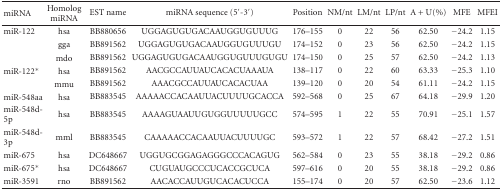
<table><thead><tr><td><b>miRNA</b></td><td><b>Homolog miRNA</b></td><td><b>EST name</b></td><td><b>miRNA sequence (5<sup>′</sup>-3<sup>′</sup>)</b></td><td><b>Position</b></td><td><b>NM/nt</b></td><td><b>LM/nt</b></td><td><b>LP/nt</b></td><td><b>A + U(%)</b></td><td><b>MFE</b></td><td><b>MFEI</b></td></tr></thead><tbody><tr><td>miR-122</td><td>hsa</td><td>BB880656</td><td>UGGAGUGUGACAAUGGUGUUUG</td><td>176–155</td><td>0</td><td>22</td><td>56</td><td>62.50</td><td>−24.2</td><td>1.15</td></tr><tr><td></td><td>gga</td><td>BB891562</td><td>UGGAGUGUGACAAUGGUGUUUGU</td><td>174–152</td><td>0</td><td>23</td><td>56</td><td>62.50</td><td>−24.2</td><td>1.15</td></tr><tr><td></td><td>mdo</td><td>BB891562</td><td>UGGAGUGUGACAAUGGUGUUUGUGU</td><td>174–150</td><td>0</td><td>25</td><td>57</td><td>62.50</td><td>−24.2</td><td>1.13</td></tr><tr><td>miR-122<sup>∗</sup></td><td>hsa</td><td>BB891562</td><td>AACGCCAUUAUCACACUAAAUA</td><td>138–117</td><td>0</td><td>22</td><td>60</td><td>63.33</td><td>−25.3</td><td>1.10</td></tr><tr><td></td><td>mmu</td><td>BB891562</td><td>AAACGCCAUUAUCACACUAA</td><td>139–120</td><td>0</td><td>20</td><td>54</td><td>61.11</td><td>−24.2</td><td>1.15</td></tr><tr><td>miR-548aa</td><td>hsa</td><td>BB883545</td><td>AAAAACCACAAUUACUUUUGCACCA</td><td>592–568</td><td>0</td><td>25</td><td>67</td><td>64.18</td><td>−29.9</td><td>1.20</td></tr><tr><td>miR-548d-5p</td><td>hsa</td><td>BB883545</td><td>AAAAGUAAUUGUGGUUUUUGCC</td><td>574–595</td><td>1</td><td>22</td><td>55</td><td>70.91</td><td>−25.1</td><td>1.57</td></tr><tr><td>miR-548d-3p</td><td>mml</td><td>BB883545</td><td>CAAAAACCACAAUUACUUUUGC</td><td>593–572</td><td>1</td><td>22</td><td>57</td><td>68.42</td><td>−27.2</td><td>1.51</td></tr><tr><td>miR-675</td><td>hsa</td><td>DC648667</td><td>UGGUGCGGAGAGGGCCCACAGUG</td><td>562–584</td><td>0</td><td>23</td><td>55</td><td>38.18</td><td>−29.2</td><td>0.86</td></tr><tr><td>miR-675<sup>∗</sup></td><td>hsa</td><td>DC648667</td><td>CUGUAUGCCCUCACCGCUCA</td><td>597–616</td><td>0</td><td>20</td><td>55</td><td>38.18</td><td>−29.2</td><td>0.86</td></tr><tr><td>miR-3591</td><td>rno</td><td>BB891562</td><td>AACACCAUUGUCACACUCCA</td><td>155–174</td><td>0</td><td>20</td><td>57</td><td>62.50</td><td>−23.6</td><td>1.12</td></tr></tbody></table>